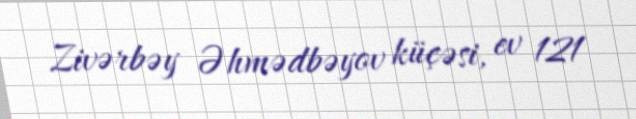
Zivərbəy Əhmədbəyov küçəsi, ev 121